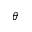
\theta